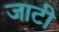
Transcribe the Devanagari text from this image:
जाटी